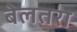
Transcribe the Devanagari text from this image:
बेलतरा